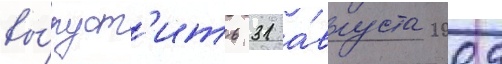
вы́пуст'ить 31 а́вгуста 2009